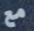
مع